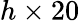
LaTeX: h\times 20